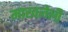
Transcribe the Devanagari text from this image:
माखलेली